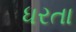
ધરતા